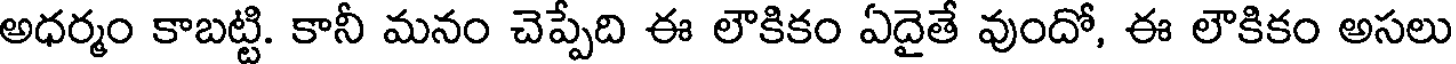
అధర్మం కాబట్టి. కానీ మనం చెప్పేది ఈ లౌకికం ఏదైతే వుందో, ఈ లౌకికం అసలు